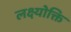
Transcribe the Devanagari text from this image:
लक्ष्योक्ति